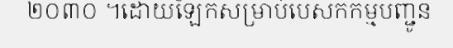
២០៣០ ។ដោយឡែកសម្រាប់បេសកកម្មបញ្ជូន